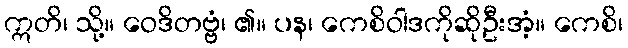
ဣတိ၊ သို့။ ဝေဒိတဗ္ဗံ၊ ၏။ ပန၊ ကေစိဝါဒကိုဆိုဦးအံ့။ ကေစိ၊